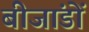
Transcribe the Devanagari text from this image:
बीजांडों